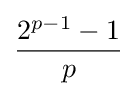
{\frac {2^{p-1}-1}{p}}